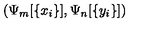
\left( \Psi _ { m } [ \{ x _ { i } \} ] , \Psi _ { n } [ \{ y _ { i } \} ] \right) ~